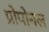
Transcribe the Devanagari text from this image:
प्रोपोनल